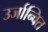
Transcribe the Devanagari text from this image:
उर्जान्वित